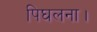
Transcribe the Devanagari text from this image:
पिघलना।